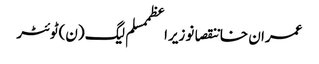
عمران خاننقصانوزیراعظممسلم لیگ (ن)ٹوئٹر